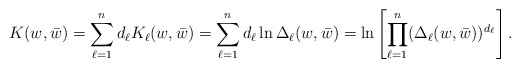
\begin{align*}K(w,\bar w) = \sum_{\ell=1}^{n} d_\ell K_\ell(w,\bar w) = \sum_{\ell=1}^{n} d_\ell \ln \Delta_\ell(w,\bar w) = \ln \left[\prod_{\ell=1}^{n} (\Delta_\ell(w,\bar w))^{d_\ell}\right] .\end{align*}